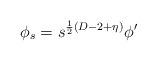
LaTeX: \begin{align*}\phi_{s} = s^{\frac{1}{2} (D-2+\eta)} \phi^{\prime}\end{align*}